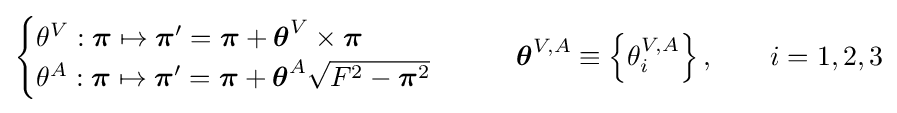
{\begin{cases}\theta ^{V}:{\boldsymbol {\pi }}\mapsto {\boldsymbol {\pi }}'={\boldsymbol {\pi }}+{\boldsymbol {\theta }}^{V}\times {\boldsymbol {\pi }}\\\theta ^{A}:{\boldsymbol {\pi }}\mapsto {\boldsymbol {\pi }}'={\boldsymbol {\pi }}+{\boldsymbol {\theta }}^{A}{\sqrt {F^{2}-{\boldsymbol {\pi }}^{2}}}\end{cases}}\qquad {\boldsymbol {\theta }}^{V,A}\equiv \left\{\theta _{i}^{V,A}\right\},\qquad i=1,2,3